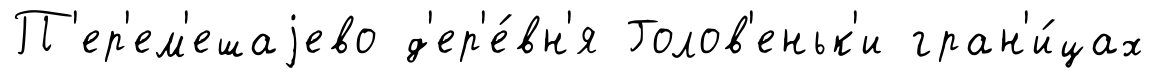
П'ер'ем'ешаjево д'ер'е́вн'я Голов'еньк'и гран'и́цах